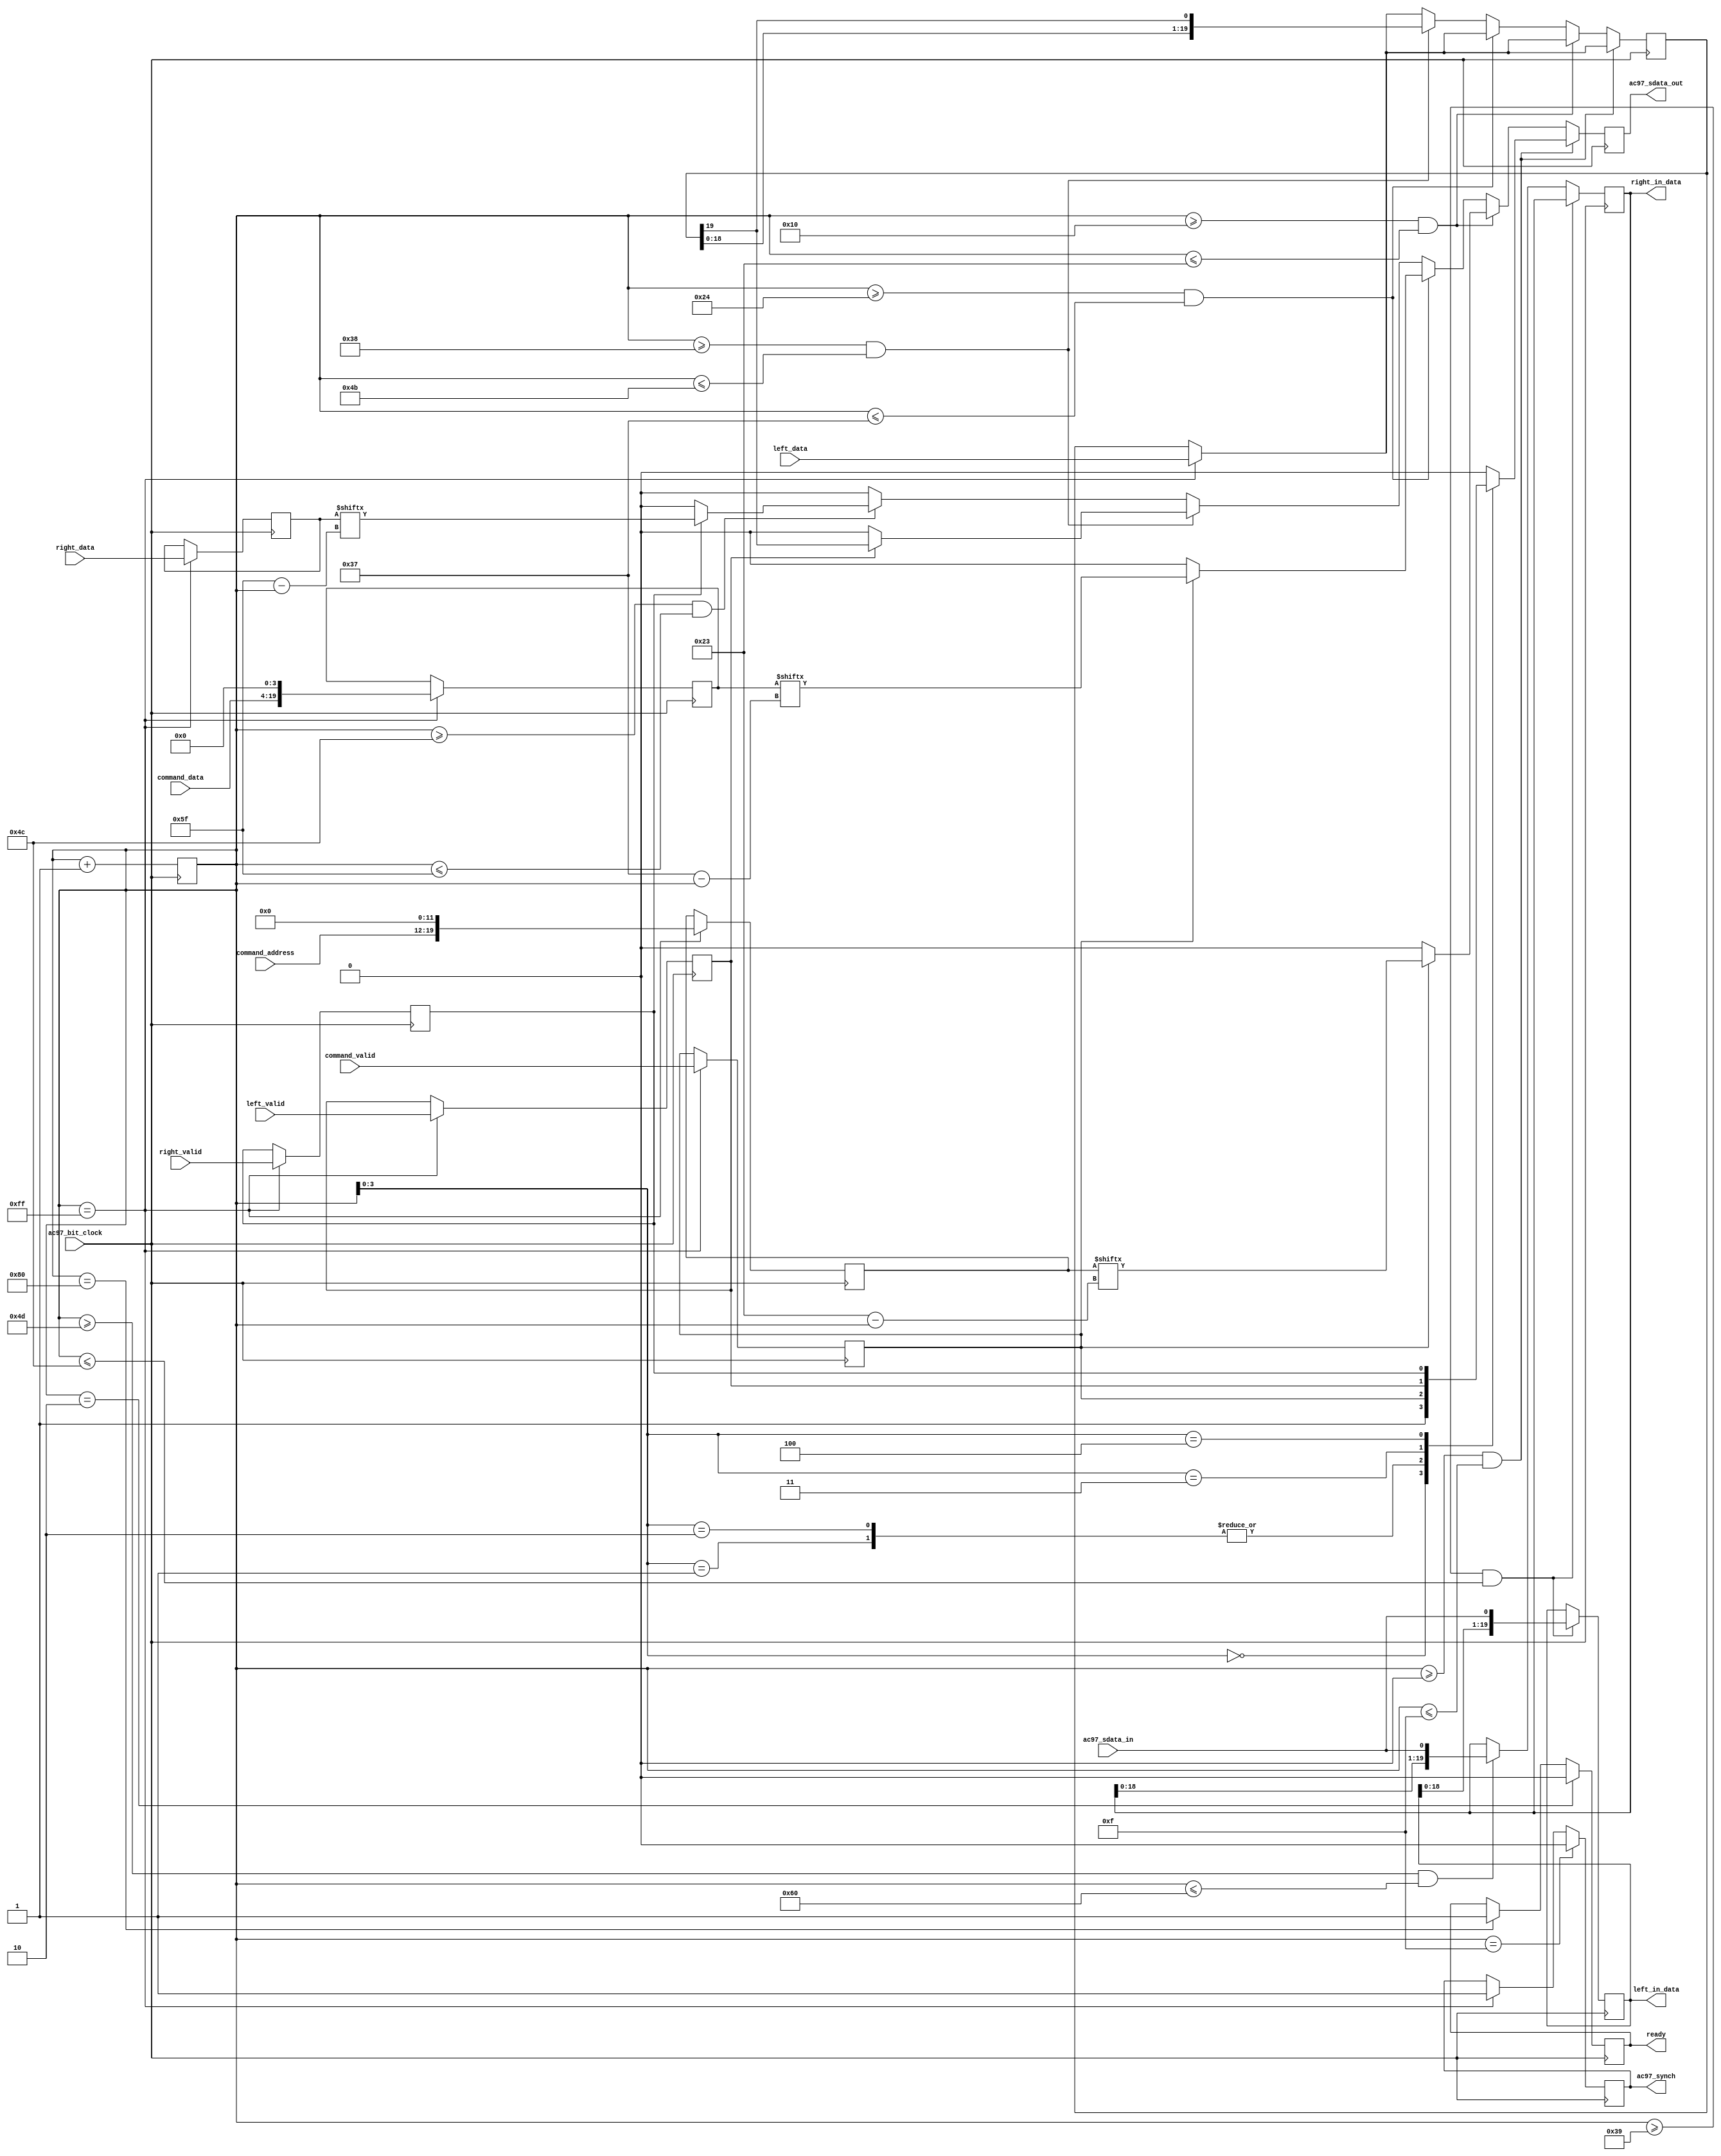
// Module Name:    ac97 

`timescale 1ns / 1ps

module ac97 (ready,
   command_address, command_data, command_valid,
   left_data, left_valid,
   right_data, right_valid,
   left_in_data, right_in_data,
   ac97_sdata_out, ac97_sdata_in, ac97_synch, ac97_bit_clock);

   output ready;
   input [7:0] command_address;
   input [15:0] command_data;
   input command_valid;
   input [19:0] left_data, right_data;
   input left_valid, right_valid;
   output [19:0] left_in_data, right_in_data;

   input ac97_sdata_in;
   input ac97_bit_clock;
   output ac97_sdata_out;
   output ac97_synch;

   reg ready;

   reg ac97_sdata_out;
   reg ac97_synch;

   reg [7:0] bit_count;

   reg [19:0] l_cmd_addr;
   reg [19:0] l_cmd_data;
   reg [19:0] l_left_data, l_right_data;
   reg l_cmd_v, l_left_v, l_right_v;
   reg [19:0] left_in_data, right_in_data;

   initial begin
      ready <= 1'b0;               // synth attr init of ready is "0";
      ac97_sdata_out <= 1'b0;      // synth attr init of ac97_sdata_out is "0";
      ac97_synch <= 1'b0;          // synth attr init of ac97_synch is "0";

      bit_count <= 8'h00;          // synth attr init of bit_count is "0000";
      l_cmd_v <= 1'b0;             // synth attr init of l_cmd_v is "0";
      l_left_v <= 1'b0;            // synth attr init of l_left_v is "0";
      l_right_v <= 1'b0;           // synth attr init of l_right_v is "0";

      left_in_data <= 20'h00000;   // synth attr init of left_in_data is "00000";
      right_in_data <= 20'h00000;  // synth attr init of right_in_data is "00000";
   end

   always @(posedge ac97_bit_clock) 
      begin
         // Generate the sync signal 
         if (bit_count == 255)
            ac97_synch <= 1'b1;
         if (bit_count == 15)
            ac97_synch <= 1'b0;
         
         // Generate the ready signal
         if (bit_count == 128)
            ready <= 1'b1;
         if (bit_count == 2)
            ready <= 1'b0;

         // Latch user data at the end of each frame. This ensures that the
         // first frame after reset will be empty.
         if (bit_count == 255)
            begin
               l_cmd_addr <= {command_address, 12'h000};
               l_cmd_data <= {command_data, 4'h0};
               l_cmd_v <= command_valid;
               l_left_data <= left_data;
               l_left_v <= left_valid;
               l_right_data <= right_data;
               l_right_v <= right_valid;
            end

         if ((bit_count >= 0) && (bit_count <= 15))
           // Slot 0: Tags
            case (bit_count[3:0])
               4'h0: ac97_sdata_out <= 1'b1;      // Frame valid
               4'h1: ac97_sdata_out <= l_cmd_v;   // Command address valid
               4'h2: ac97_sdata_out <= l_cmd_v;   // Command data valid
               4'h3: ac97_sdata_out <= l_left_v;  // Left data valid
               4'h4: ac97_sdata_out <= l_right_v; // Right data valid
               default: ac97_sdata_out <= 1'b0;
            endcase

         else if ((bit_count >= 16) && (bit_count <= 35))
            // Slot 1: Command address (8-bits, left justified)
            ac97_sdata_out <= l_cmd_v ? l_cmd_addr[35-bit_count] : 1'b0;

         else if ((bit_count >= 36) && (bit_count <= 55))
            // Slot 2: Command data (16-bits, left justified)
            ac97_sdata_out <= l_cmd_v ? l_cmd_data[55-bit_count] : 1'b0;

         else if ((bit_count >= 56) && (bit_count <= 75))
            begin
               // Slot 3: Left channel
               ac97_sdata_out <= l_left_v ? l_left_data[19] : 1'b0;
               l_left_data <= { l_left_data[18:0], l_left_data[19] };
            end
         else if ((bit_count >= 76) && (bit_count <= 95))
            // Slot 4: Right channel
            ac97_sdata_out <= l_right_v ? l_right_data[95-bit_count] : 1'b0;
         else
            ac97_sdata_out <= 1'b0;

         bit_count <= bit_count+1;

      end // always @ (posedge ac97_bit_clock)

   always @(negedge ac97_bit_clock) 
      begin
         if ((bit_count >= 57) && (bit_count <= 76))
            // Slot 3: Left channel
            left_in_data <= {left_in_data[18:0], ac97_sdata_in };
         else if ((bit_count >= 77) && (bit_count <= 96))
            // Slot 4: Right channel
            right_in_data <= { right_in_data[18:0], ac97_sdata_in };
      end

endmodule